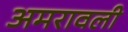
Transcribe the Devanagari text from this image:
अमरावली